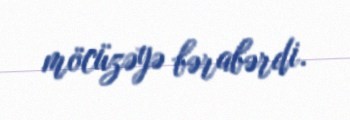
möcüzəyə bərabərdi.